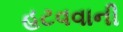
હટવવાની